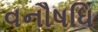
વનૌષધિ